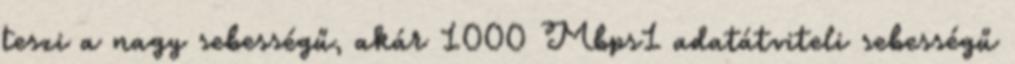
teszi a nagy sebességű, akár 1000 Mbps1 adatátviteli sebességű